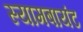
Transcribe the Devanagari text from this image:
स्‍यामबायंट